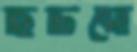
ছিটিয়ো